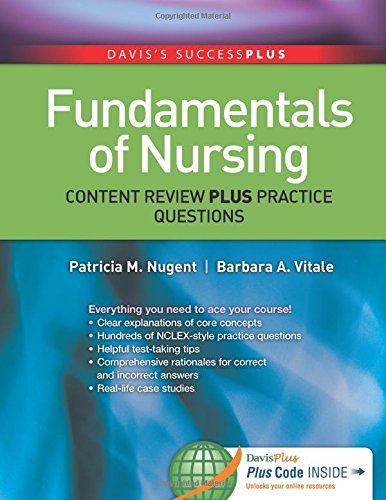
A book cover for Fundamentals of Nursing: Content Review Plus Practice Questions (Davis's Success Plus); Patricia M. Nugent RN  EdD; Test Preparation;